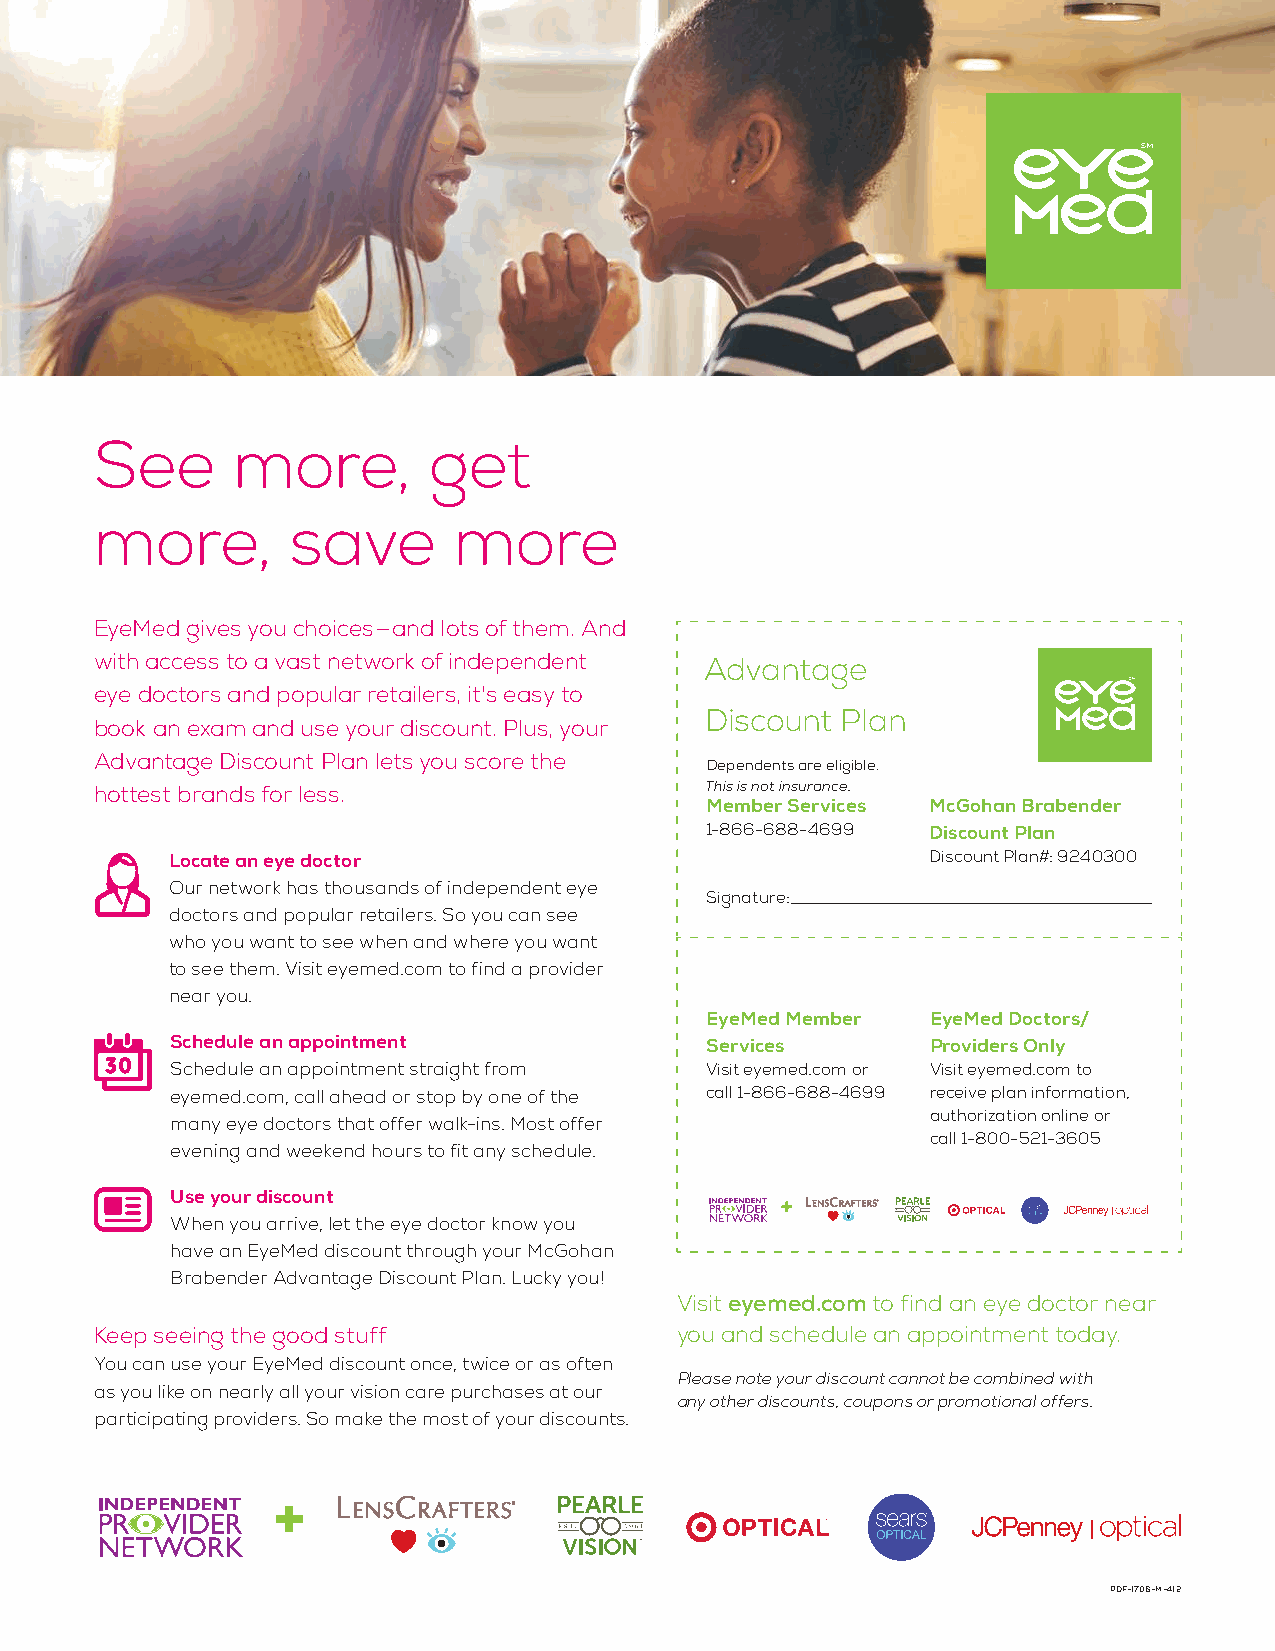
See      more,        get
 more,        save       more
 EyeMed gives you choices — and lots of them. And
 with access to a vast network of independent Advantage
 eye doctors and popular retailers, it's easy to
 Discount Plan
 book an exam and use your discount. Plus, your
 Advantage Discount Plan lets you score the
 Dependents are eligible.
 hottest brands for less.                 This is not insurance.
 Member Services McGohan Brabender
 1-866-688-4699 Discount Plan
 Locate an eye doctor                               Discount Plan#: 9240300
 Our network has thousands of independent eye
 Signature:
 doctors and popular retailers. So you can see
 who you want to see when and where you want
 to see them. Visit eyemed.com to find a provider
 near you.
 EyeMed Member  EyeMed Doctors/
 Schedule an appointment             Services       Providers Only
 Schedule an appointment straight from Visit eyemed.com or Visit eyemed.com to
 eyemed.com, call ahead or stop by one of the call 1-866-688-4699 receive plan information,
 authorization online or
 many eye doctors that offer walk-ins. Most offer
 call 1-800-521-3605
 evening and weekend hours to fit any schedule.
 Use your discount
 When you arrive, let the eye doctor know you
 have an EyeMed discount through your McGohan
 Brabender Advantage Discount Plan. Lucky you!
 Visit eyemed.com to find an eye doctor near
 Keep seeing the good stuff             you and schedule an appointment today.
 You can use your EyeMed discount once, twice or as often
 Please note your discount cannot be combined with
 as you like on nearly all your vision care purchases at our
 any other discounts, coupons or promotional offers.
 participating providers. So make the most of your discounts.
 PDF-1706-M-412